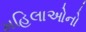
મહિલાઓનો